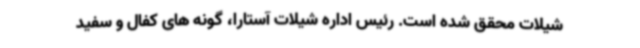
شیلات محقق شده است. رئیس اداره شیلات آستارا، گونه های کفال و سفید